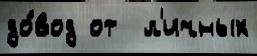
до́вод от  л'ичных